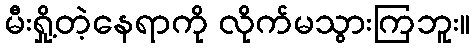
မီးရှို့တဲ့နေရာကို လိုက်မသွားကြဘူး။